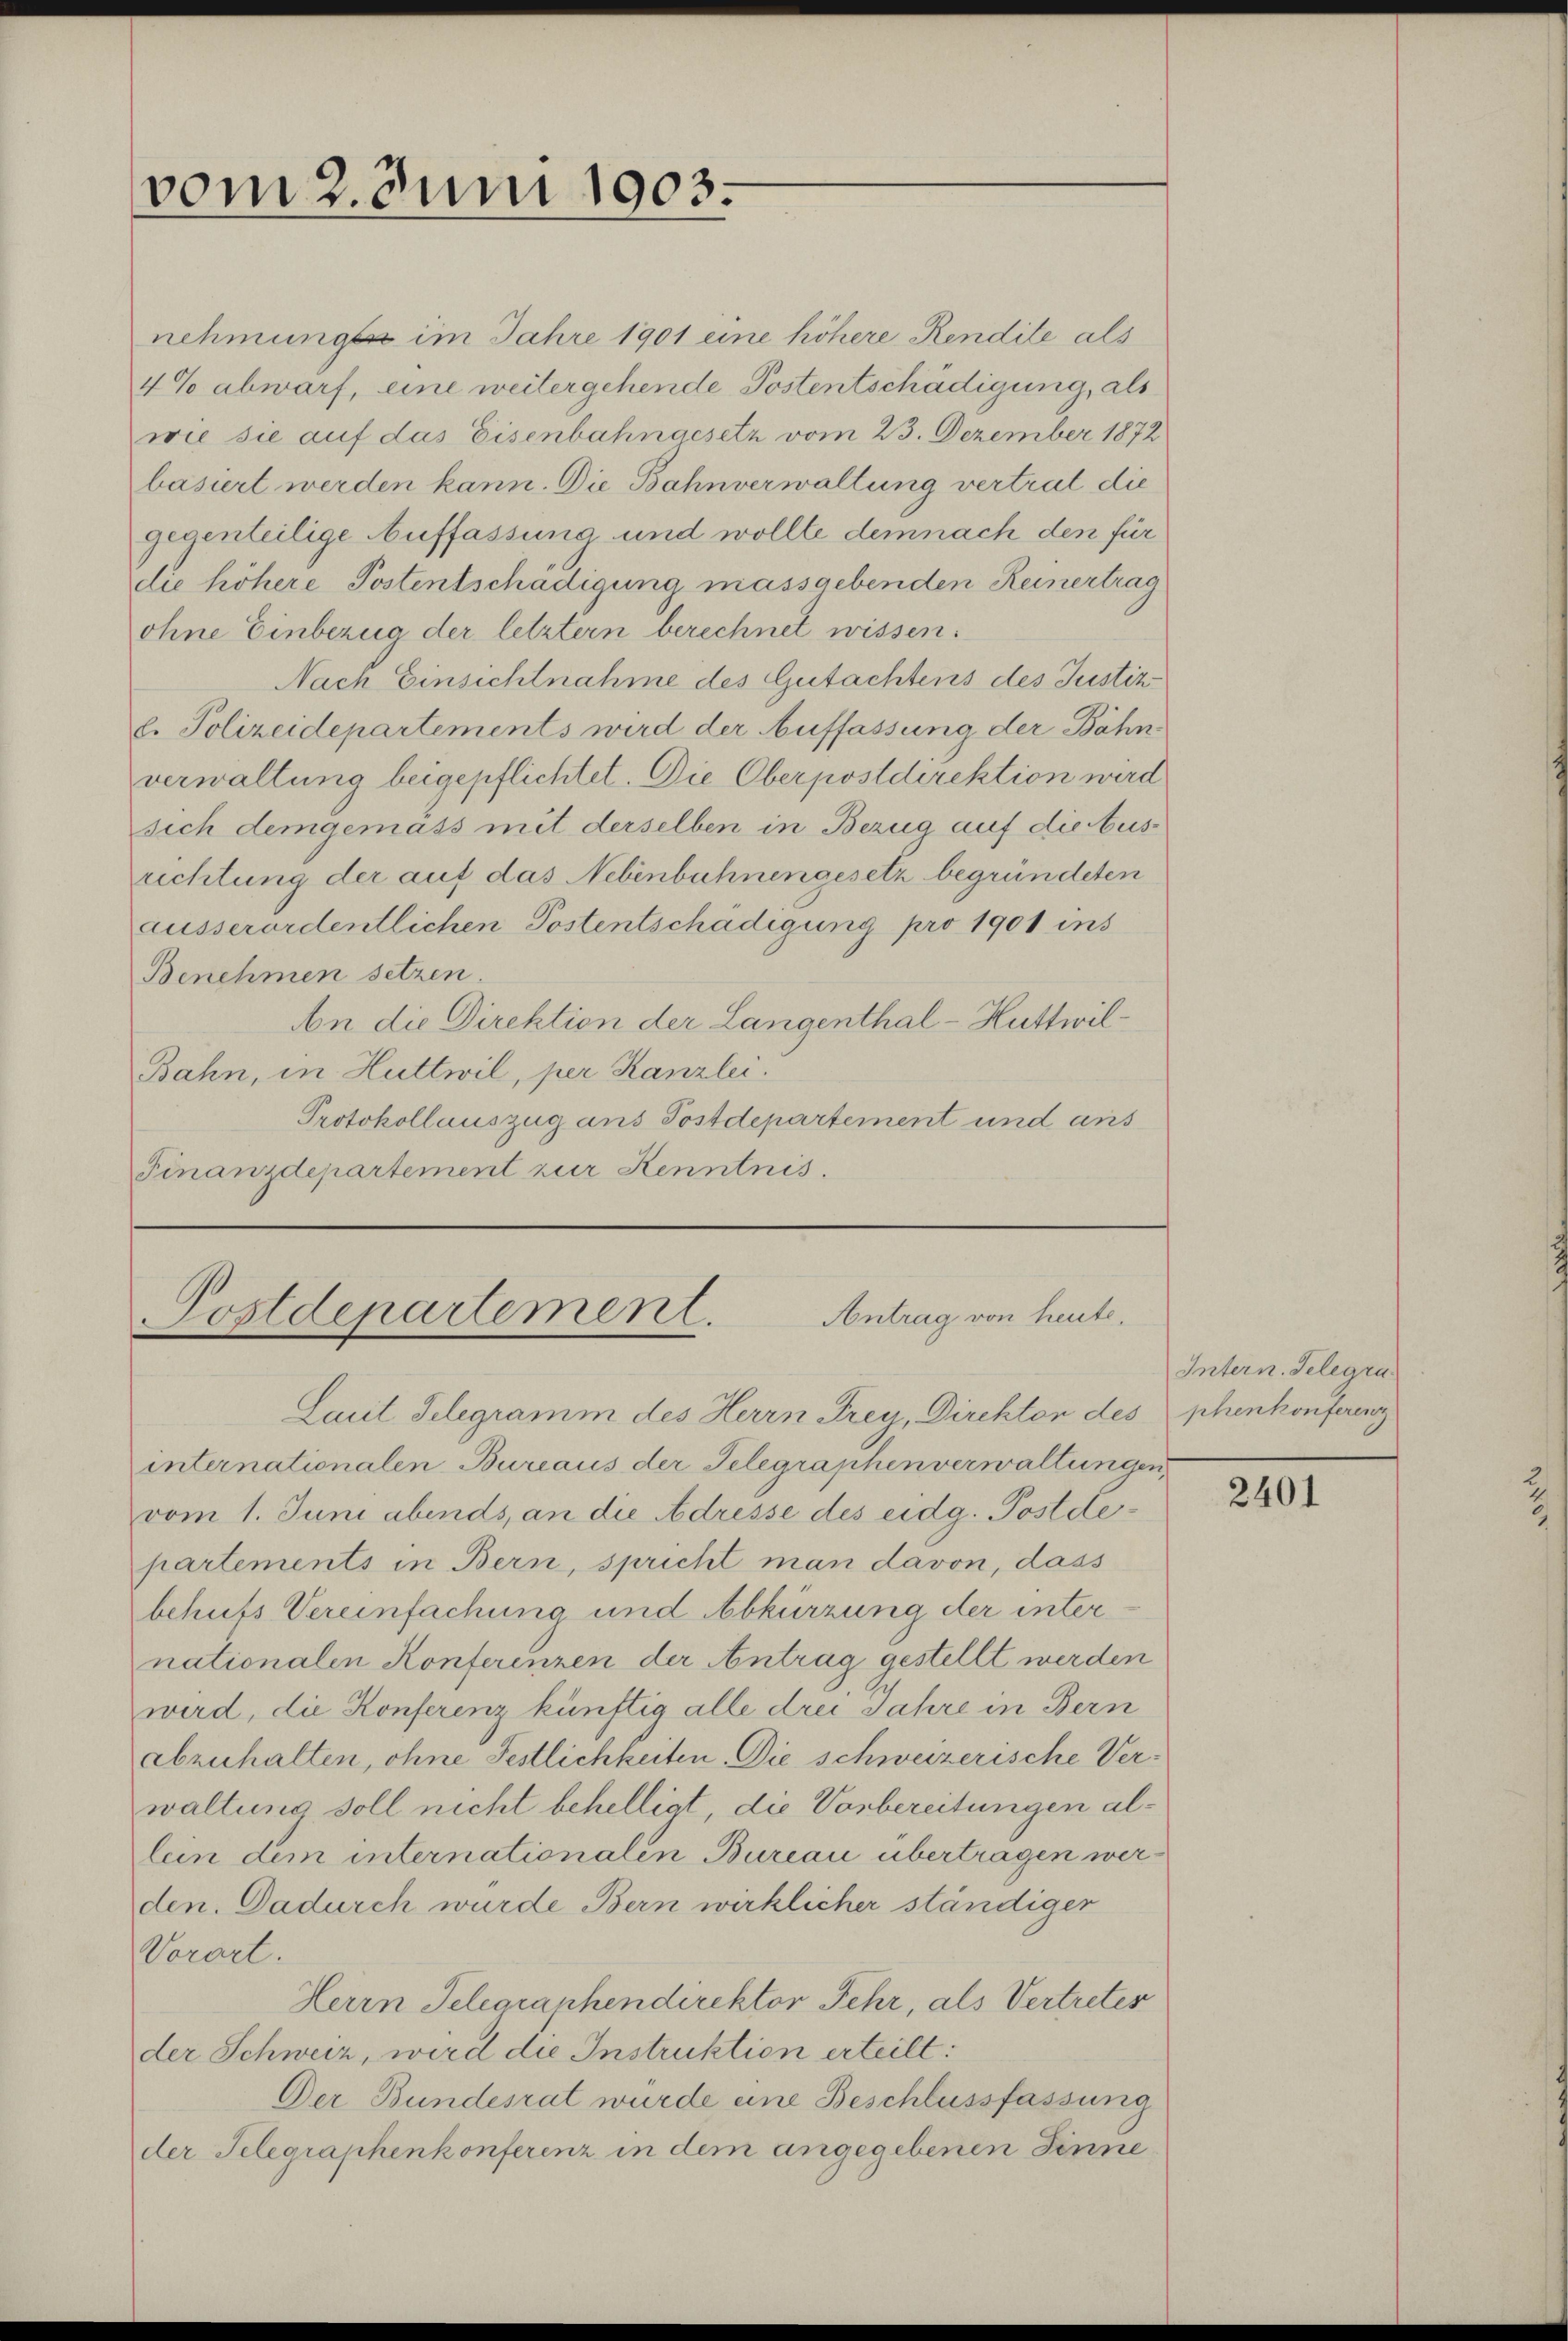
vom 2. Juni 1903.

nehmung im Jahre 1901 eine höhere Rendite als
4% abwarf, eine weitergehende Postentschädigung, als
wie sie auf das Eisenbahngesetz vom 23. Dezember 1872
basiert werden kann. Die Bahnverwaltung vertrat die
gegenteilige Auffassung und wollte demnach den für
die höhere Postentschädigung massgebenden Reinertrag
ohne Einbezug der letztern berechnet wissen:
Nach Einsichtnahme des Gutachtens des Justiz
l. Polizeidepartements wird der Auffassung der Bähnverwaltung beigepflichtet. Die Oberpostdirektion wird
sich demgemäss mit derselben in Bezug auf die bus-
richtung der auf das Nebenbühnengesetz begründeten
ausserordentlichen Postentschädigung pro 1901 ins
Benehmen setzen.
An die Direktion der Langenthal - Huttwil¬
Bahn, in Huttwil, per Kanzlei.
Protokollauszug aus Postdepartement und aus
Finanzdepartement zur Kenntnis.

Laut Telegramm des Herrn Frey, Direkten des
internationalen Bureaus der Telegraphenverwaltungen,
vom 1. Juni abends, an die Adresse des eidg. Postdepartements in Bern, spricht man davon, dass
behufs Vereinfachung und Abkürzung der internationalen Konferenzen der Antrag gestellt werden
wird, die Konferenz künftig alle drei Jahre in Bern
abzuhalten, ohne Festlichkeiten Die schweizerische Verwaltung soll nicht behelligt, die Vorbereitungen allein dem internationalen Bureau übertragen werden. Dadurch wurde Bern wirklicher ständiger
Vorort.
Herrn Telegraphendirektor Fehr, als Vertreter
der Schweiz, wird die Instruktion erteilt:
Der Bundesrat wurde eine Beschlussfassung
der Telegraphenkonferenz in dem angegebenen Sinne¬

Antrag von heute.
Postdepartement.

Intern. Telegru
phenkonferenz

2401